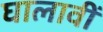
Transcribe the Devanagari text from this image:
घालावीं